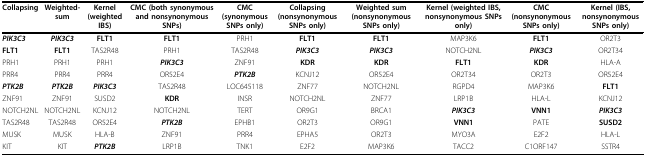
<table><thead><tr><td><b>Collapsing</b></td><td><b>Weighted-sum</b></td><td><b>Kernel (weighted IBS)</b></td><td><b>CMC (both synonymous and nonsynonymous SNPs)</b></td><td><b>CMC (synonymous SNPs only)</b></td><td><b>Collapsing (nonsynonymous SNPs only)</b></td><td><b>Weighted sum (nonsynonymous SNPs only)</b></td><td><b>Kernel (weighted IBS, nonsynonymous SNPs only)</b></td><td><b>CMC (nonsynonymous SNPs only)</b></td><td><b>Kernel (IBS, nonsynonymous SNPs only)</b></td></tr></thead><tbody><tr><td><i><b>PIK3C3</b></i></td><td><i><b>PIK3C3</b></i></td><td><b>FLT1</b></td><td><b>FLT1</b></td><td>PRH1</td><td><b>FLT1</b></td><td><b>FLT1</b></td><td>MAP3K6</td><td><b>FLT1</b></td><td>OR2T3</td></tr><tr><td><b>FLT1</b></td><td><b>FLT1</b></td><td>TAS2R48</td><td>PRH1</td><td>TAS2R48</td><td><i><b>PIK3C3</b></i></td><td><i><b>PIK3C3</b></i></td><td>NOTCH2NL</td><td><i><b>PIK3C3</b></i></td><td>OR2T34</td></tr><tr><td>PRH1</td><td>PRH1</td><td>PRH1</td><td><i><b>PIK3C3</b></i></td><td>ZNF91</td><td><b>KDR</b></td><td><b>KDR</b></td><td><b>FLT1</b></td><td><b>KDR</b></td><td>HLA-A</td></tr><tr><td>PRR4</td><td>PRR4</td><td>PRR4</td><td>OR52E4</td><td><i><b>PTK2B</b></i></td><td>KCNJ12</td><td>OR52E4</td><td>OR2T34</td><td>OR2T3</td><td>OR52E4</td></tr><tr><td><i><b>PTK2B</b></i></td><td><i><b>PTK2B</b></i></td><td><i><b>PIK3C3</b></i></td><td>TAS2R48</td><td>LOC645118</td><td>ZNF77</td><td>NOTCH2NL</td><td>RGPD4</td><td>MAP3K6</td><td><b>FLT1</b></td></tr><tr><td>ZNF91</td><td>ZNF91</td><td>SUSD2</td><td><b>KDR</b></td><td>INSR</td><td>NOTCH2NL</td><td>ZNF77</td><td>LRP1B</td><td>HLA-L</td><td>KCNJ12</td></tr><tr><td>NOTCH2NL</td><td>NOTCH2NL</td><td>KCNJ12</td><td>NOTCH2NL</td><td>TERT</td><td>OR9G1</td><td>BRCA1</td><td><i><b>PIK3C3</b></i></td><td><b>VNN1</b></td><td><i><b>PIK3C3</b></i></td></tr><tr><td>TAS2R48</td><td>TAS2R48</td><td>OR52E4</td><td><i><b>PTK2B</b></i></td><td>EPHB1</td><td>OR2T3</td><td>OR9G1</td><td><b>VNN1</b></td><td>PATE</td><td><b>SUSD2</b></td></tr><tr><td>MUSK</td><td>MUSK</td><td>HLA-B</td><td>ZNF91</td><td>PRR4</td><td>EPHA5</td><td>OR2T3</td><td>MYO3A</td><td>E2F2</td><td>HLA-L</td></tr><tr><td>KIT</td><td>KIT</td><td><i><b>PTK2B</b></i></td><td>LRP1B</td><td>TNK1</td><td>E2F2</td><td>MAP3K6</td><td>TACC2</td><td>C1ORF147</td><td>SSTR4</td></tr></tbody></table>